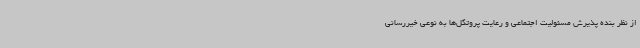
از نظر بنده پذیرش مسئولیت اجتماعی و رعایت پروتکل‌ها به نوعی خیررسانی